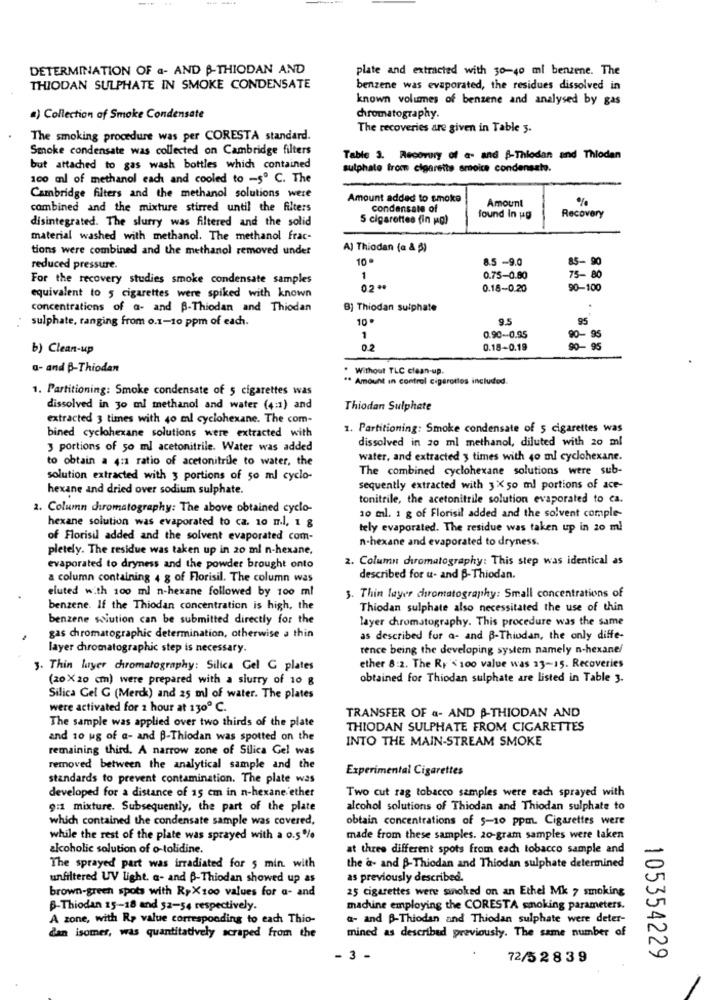
DETERMINATION OF - AND -THIODAN AND
plate and extracted with 30-40 ml benzene. The
THIODAN SULPHATE IN SMOKE CONDENSATE
benzene was evaporated, the residues dissolved in
known volumes of benzene and analysed by gas
a) Collection of Smoke Condensate
chromatography.
The recoveries are given in Table 3.
The smoking procedure was per CORESTA standard.
Smoke condensate was collected on Cambridge filters
Table 3. Recovery of a- and -Thiodan and Thiodan
but attached to gas wash bottles which contained
sulphate trom cigarette smoice condensato.
100 ml of methanol each and cooled to -5º C. The
Cambridge filters and the methanol solutions were
Amount added to smoke
Amount
%
combined and the mixture stirred until the filters
condensate of
disintegrated. The slurry was filtered and the solid
5 cigarettes fin pg)
found In ug
Recovery
material washed with methanol. The methanol frac-
tions were combined and the methanol removed under
A) Thiodan (a & $)
10.
8.5 -9.0
85- 90
reduced pressure.
For the recovery studies smoke condensate samples
1
0.75-0.80
75-80
0200
0.18-0.20
90-100
equivalent to 5 cigarettes were spiked with known
concentrations of a- and B-Thiodan and Thiodan
B) Thiodan sulphate
sulphate, ranging from o.1-10 ppm of each.
10.
9.5
95
0.90-0.95
1
90-95
b) Clean-up
0.2
0.18-0.19
90- 95
a- and B-Thiodan
. Without TLC clean-up.
** Amount in control cigarottos included.
1. Partitioning: Smoke condensate of 5 cigarettes was
dissolved in 30 ml methanol and water (4:1) and
Thiodan Sulphate
extracted 3 times with 40 ml cyclohexane. The com-
1. Partitioning: Smoke condensate of 5 cigarettes was
bined cyclohexane solutions were extracted with
dissolved in 20 ml methanol, diluted with 20 ml
3 portions of 50 ml acetonitrile. Water was added
to obtain a 4:1 ratio of acetonitrile to water, the
water, and extracted 3 times with 40 ml cyclohexane.
The combined cyclohexane solutions were sub-
solution extracted with 3 portions of 50 ml cyclo-
hexane and dried over sodium sulphate.
sequently extracted with 3X 50 ml portions of ace-
tonitrile, the acetonitrile solution evaporated to ca.
2. Column chromatography: The above obtained cyclo-
10 ml. 1 g of Florisil added and the solvent comple-
hexane solution was evaporated to ca. 10 m.l, 1 g
tely evaporated. The residue was taken up in 20 ml
of Florisil added and the solvent evaporated com-
n-hexane and evaporated to dryness.
pletely. The residue was taken up in 20 ml n-hexane,
2. Column chromatography: This step was identical as
evaporated to dryness and the powder brought onto
a column containing 4 g of Florisil. The column was
described for u- and B-Thiodan.
eluted with 100 ml n-hexane followed by 100 ml
3. Thin layer chromatography: Small concentrations of
benzene. If the Thiodan concentration is high, the
Thiodan sulphate also necessitated the use of thin
benzene solution can be submitted directly for the
layer chromatography. This procedure was the same
gas chromatographic determination, otherwise a thin
as described for a- and B-Thiodan, the only diffe-
layer chromatographic step is necessary.
rence being the developing system namely n-hexane/
3. Thin layer chromatography: Silica Gel C plates
ether 8:2. The Ry'< 100 value was 13-15. Recoveries
(20X 20 cm) were prepared with a slurry of 10 g
obtained for Thiodan sulphate are listed in Table 3.
Silica Gel G (Merck) and 25 ml of water. The plates
were activated for 1 hour at 1300 ℃.
The sample was applied over two thirds of the plate
TRANSFER OF a- AND B-THIODAN AND
THIODAN SULPHATE FROM CIGARETTES
and 10 ug of a- and B-Thiodan was spotted on the
INTO THE MAIN-STREAM SMOKE
remaining third. A narrow zone of Silica Gel was
removed between the analytical sample and the
Experimental Cigarettes
standards to prevent contamination. The plate was
Two cut rag tobacco samples were each sprayed with
developed for a distance of 15 cm in n-hexane ether
9:1 mixture. Subsequently, the part of the plate
alcohol solutions of Thiodan and Thiodan sulphate to
which contained the condensate sample was covered,
obtain concentrations of 5-10 ppm. Cigarettes were
while the rest of the plate was sprayed with a 0.5%
made from these samples. 20-gram samples were taken
alcoholic solution of o-tolidine.
at three different spots from each tobacco sample and
The sprayed part was irradiated for 5 min. with
the a- and B-Thiodan and Thiodan sulphate determined
unfiltered UV light. a- and B-Thiodan showed up as
as previously described.
brown-green spots with RpX100 values for a- and
25 cigarettes were smoked on an Ethel Mk 7 smoking
B-Thiodan 15-18 and 52-54 respectively.
machune employing the CORESTA smoking parameters.
A zone, with Rp value corresponding to each Thio-
a- and B-Thiodan and Thiodan sulphate were deter-
dan isomer, was quantitatively scraped from the
mined as described previously. The same number of
- 3 -
72/528 39
105354229